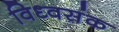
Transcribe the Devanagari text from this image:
विध्वसंक